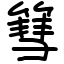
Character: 篲